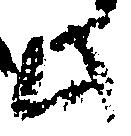
此